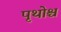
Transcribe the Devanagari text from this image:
पृथोश्च